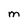
Character: M